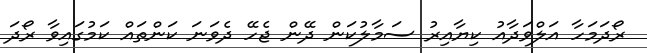
ރޯދަމަހާ އަލްވަދާއު ކިޔާއިރު ސަމާލުކަން ދޭން ޖެހޭ ދެވަނަ ކަންތައް ކަމުގައިވާ ރޯދަ